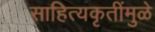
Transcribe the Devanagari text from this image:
साहित्यकृतींमुळे